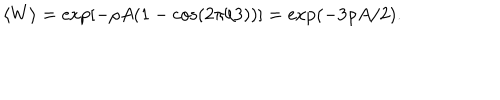
\langle W \rangle = \exp [ - \rho A ( 1 - \cos ( 2 \pi / 3 ) ) ] = \exp ( - 3 \rho A / 2 ) .